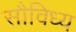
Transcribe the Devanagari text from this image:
सौविध्य